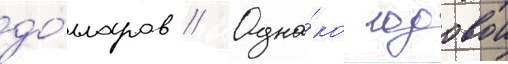
до́лларов // Одна́ко годовои